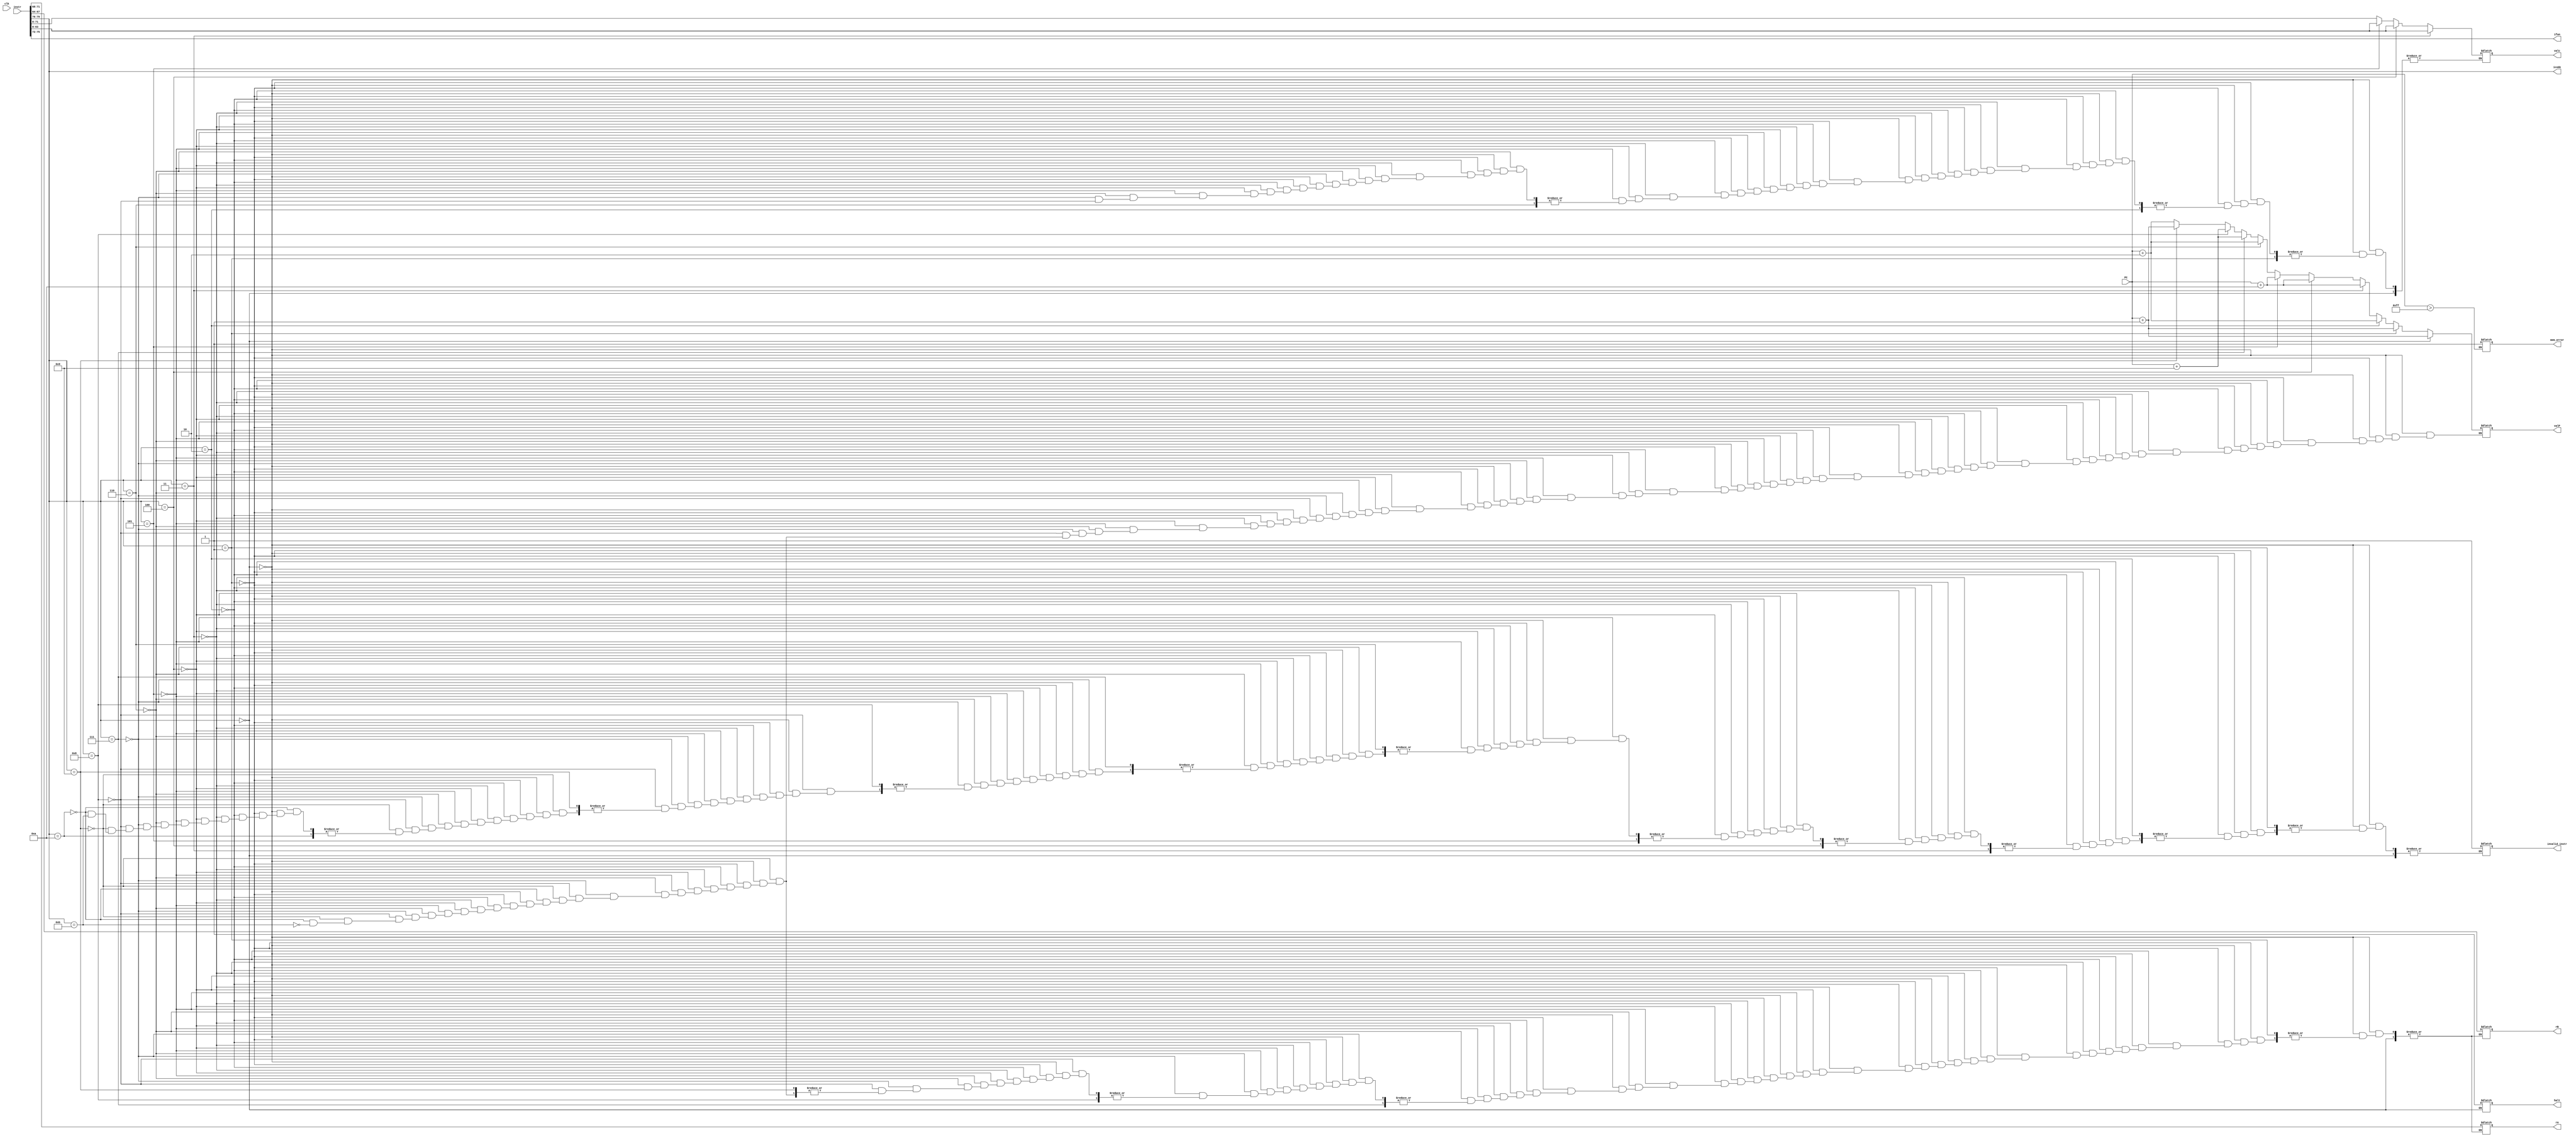
module fetch(clk,icode,ifun,rA,rB,valc,valP,PC,invalid_instr,mem_error,halt,instr);
    input clk;    
    input [63:0] PC; //this points to the address of instruction;
    input [0:79]instr; // the maximum length of any instruction is 10bytes = 80bits
    output reg [3:0] icode,ifun;
    output reg [63:0] valc; //this is where the displacement or destination value in jump is stores;
    output reg [3:0] rA,rB; //registers which stores  the parameters
    output reg [63:0] valP; //updated PC value
    output reg invalid_instr = 0, mem_error = 0; //flages to check memory and second flag is to check valid instruction
    output reg halt=0;
    always @(*) // here * represents all the inputs and any changes in input is sensed
    begin
        if(PC>255)//here 256 may vary based on our input registers used
        begin
            mem_error = 1;
        end
        {icode,ifun} = instr[0:7];//first register contains icode and ifun
        //now we can know the length of instruction by icode and ifun
        if(icode == 4'h0) //halt
        begin 
            halt =1;
            valP = PC+1;
        end
        else if(icode == 4'h1) //nop
        begin
            valP = PC + 1;
        end
        else if(icode == 4'h2) // cmovq
        begin
            {rA,rB} = instr[8:15]; //1byte for rA and rB
            valP = PC+2;
        end
        else if(icode == 4'h3)//irmovq
        begin
            {rA,rB,valc} = instr[8:79]; //1byte for rA and rB and 8bytes for valc
            valP = PC+10; //10byte instruction
        end
        else if(icode == 4'h4) //rmmovq
        begin 
            {rA,rB,valc}=instr[8:79];
            valP = PC+10; //10byte instruction
        end
        else if(icode == 4'h5) //mrmovq
        begin
            {rA,rB,valc} = instr[8:79];
            valP = PC+10;//10byte instruction
        end
        else if(icode == 4'h6) //OPq
        begin 
            {rA,rB}=instr[8:15];
            valP=PC+2;
        end
        else if(icode == 4'h7) //jxx
        begin 
            valc = instr[8:71]; // no ra and rb in jump instruction
            valP = PC+9;
        end
        else if(icode == 4'h8) //call
        begin 

            valc = instr[8:71]; // stores the current PC address so that it can be called after the function is executed
            valP = PC+9;
        end
        else if(icode == 4'h9) //return
        begin
            valP = PC +1;
        end
        else if(icode == 4'hA) //pushq
        begin 
            {rA,rB}=instr[8:15];
            valP=PC+2;
        end
        else if(icode == 4'hB) //popq
        begin
            {rA,rB}=instr[8:15];
            valP=PC+2;
        end
        else
        begin 
            invalid_instr = 1'b1;
        end
    end
endmodule